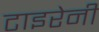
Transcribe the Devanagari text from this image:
टाइरेनी